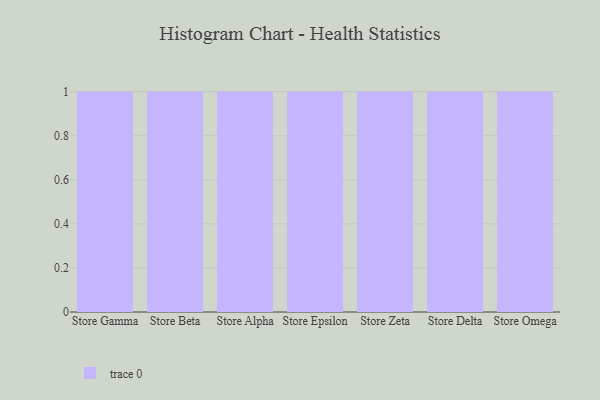
{"axis": {"x": "Store", "y": "Latency (ms)"}, "legend": [""], "data": [{"x": "Store Gamma", "y": 51, "type": ""}, {"x": "Store Beta", "y": 19, "type": ""}, {"x": "Store Alpha", "y": 65, "type": ""}, {"x": "Store Epsilon", "y": 63, "type": ""}, {"x": "Store Zeta", "y": 82, "type": ""}, {"x": "Store Delta", "y": 96, "type": ""}, {"x": "Store Omega", "y": 23, "type": ""}]}